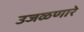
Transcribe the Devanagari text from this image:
उजळणारे